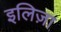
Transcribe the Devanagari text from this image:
इलिज़ा